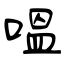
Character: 嗢